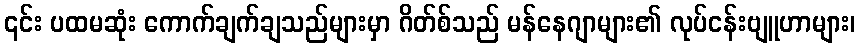
၎င်း ပထမဆုံး ကောက်ချက်ချသည်များမှာ ဂိတ်စ်သည် မန်နေဂျာများ၏ လုပ်ငန်းဗျူဟာများ၊